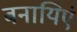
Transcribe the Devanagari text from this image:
बनायिएं